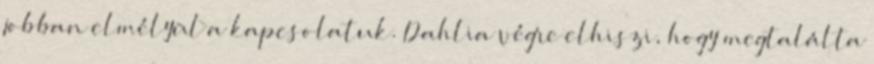
jobban elmélyül a kapcsolatuk. Dahlia végre elhiszi, hogy megtalálta